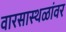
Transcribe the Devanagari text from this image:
वारसास्थळांवर